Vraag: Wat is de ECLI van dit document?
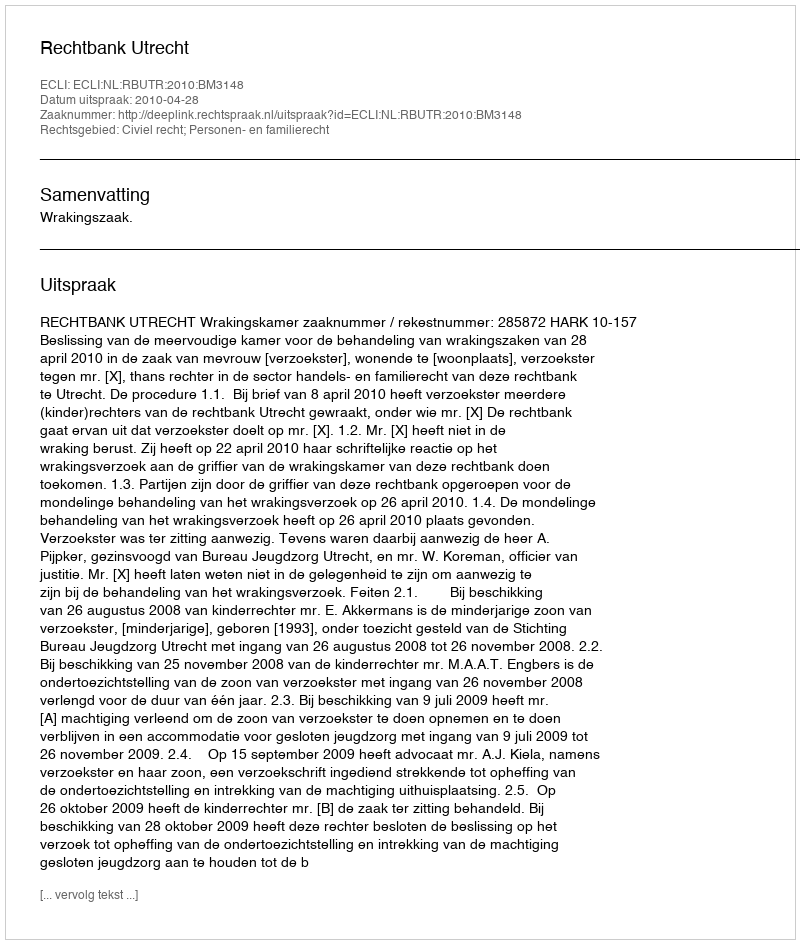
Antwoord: ECLI:NL:RBUTR:2010:BM3148